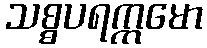
သစ္စပရက္ကမော